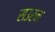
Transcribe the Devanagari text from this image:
सउरन